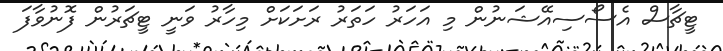
ޓީޗާސް އެސޯސިއޭޝަނުން މި އަހަރު ހަތަރު ރަށަކަށް މިހާރު ވަނީ ޓީޗަރުން ފޮނުވާފަ